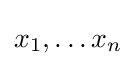
x_{1},\ldots x_{n}